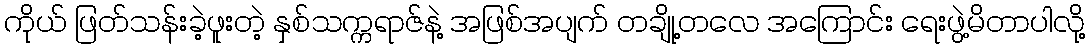
ကိုယ် ဖြတ်သန်းခဲ့ဖူးတဲ့ နှစ်သက္ကရာဇ်နဲ့ အဖြစ်အပျက် တချို့တလေ အကြောင်း ရေးဖွဲ့မိတာပါလို့